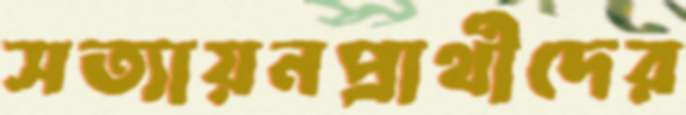
সত্যায়নপ্রার্থীদের